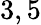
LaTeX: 3,5